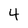
Character: 4